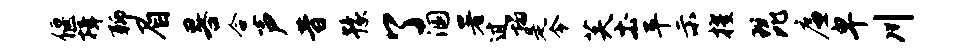
偃揖聊眉晷合声昔豫了溷署过塌是令芙土平示擢琵廉卑川